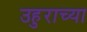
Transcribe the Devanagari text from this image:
उहुराच्या